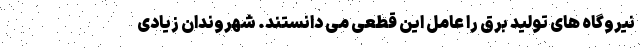
نیروگاه های تولید برق را عامل این قطعی می دانستند. شهروندان زیادی